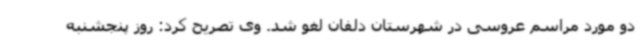
دو مورد مراسم عروسی در شهرستان دلفان لغو شد. وی تصریح کرد: روز پنجشنبه